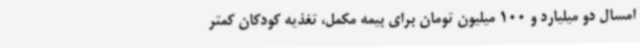
امسال دو میلیارد و 100 میلیون تومان برای بیمه مکمل، تغذیه کودکان کمتر